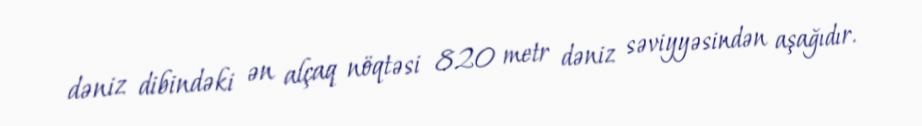
dəniz dibindəki ən alçaq nöqtəsi 820 metr dəniz səviyyəsindən aşağıdır.